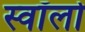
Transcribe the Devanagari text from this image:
स्वॉलो